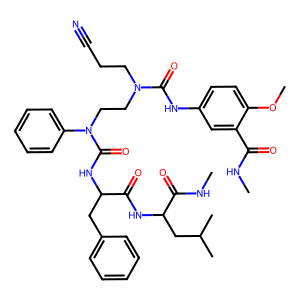
SMILES: CNC(=O)c1cc(NC(=O)N(CCC#N)CCN(C(=O)NC(Cc2ccccc2)C(=O)NC(CC(C)C)C(=O)NC)c2ccccc2)ccc1OC
Inhibits HIV replication: No